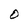
Character: O